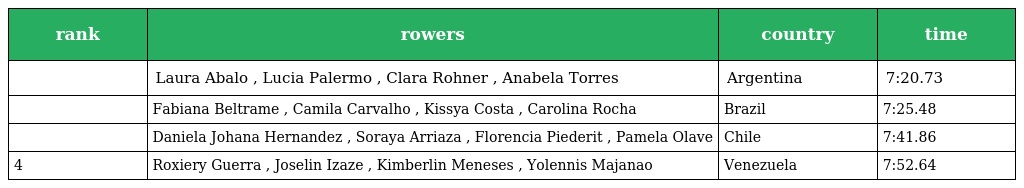
| rank | rowers | country | time |
 | --- | --- | --- | --- |
 |  | Laura Abalo , Lucia Palermo , Clara Rohner , Anabela Torres | Argentina | 7:20.73 |
 |  | Fabiana Beltrame , Camila Carvalho , Kissya Costa , Carolina Rocha | Brazil | 7:25.48 |
 |  | Daniela Johana Hernandez , Soraya Arriaza , Florencia Piederit , Pamela Olave | Chile | 7:41.86 |
 | 4 | Roxiery Guerra , Joselin Izaze , Kimberlin Meneses , Yolennis Majanao | Venezuela | 7:52.64 |